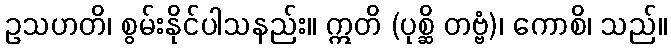
ဥသဟတိ၊ စွမ်းနိုင်ပါသနည်း။ ဣတိ (ပုစ္ဆိ တဗ္ဗံ)၊ ကောစိ၊ သည်။